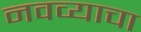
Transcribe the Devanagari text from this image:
नवव्याचा